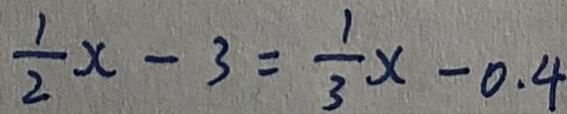
\frac { 1 } { 2 } x - 3 = \frac { 1 } { 3 } x - 0 . 4